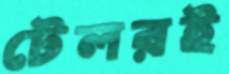
টেলরই